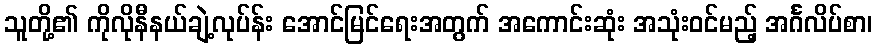
သူတို့၏ ကိုလိုနီနယ်ချဲ့လုပ်န်း အောင်မြင်ရေးအတွက် အကောင်းဆုံး အသုံးဝင်မည့် အင်္ဂလိပ်စာ၊